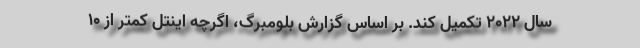
سال ۲۰۲۲ تکمیل کند. بر اساس گزارش بلومبرگ، اگرچه اینتل کمتر از ۱۰